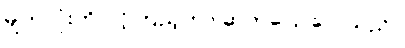
မျက်လုံးကို ဝင့်ကြည့်ကာ ဆက်ပြောလေသည်။